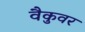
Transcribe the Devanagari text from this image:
वैकुवर